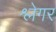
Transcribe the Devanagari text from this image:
श्लेगर